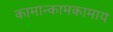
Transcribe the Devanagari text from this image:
कामान्कामकामाय